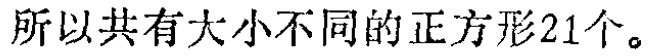
所以共有大小不同的正方形21个。